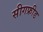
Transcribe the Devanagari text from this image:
सीगफ्रीड